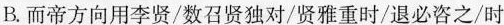
B.而帝方向用李贤/数召贤独对/贤雅重时/退必咨之/时